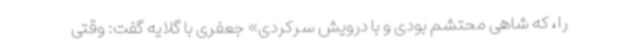
را، که شاهی محتشم بودی و با درویش سرکردی» جعفری با گلایه گفت: وقتی